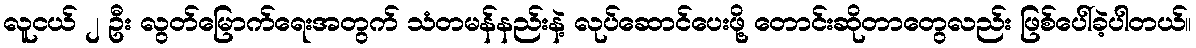
လူငယ် ၂ ဦး လွတ်မြောက်ရေးအတွက် သံတမန်နည်းနဲ့ လုပ်ဆောင်ပေးဖို့ တောင်းဆိုတာတွေလည်း ဖြစ်ပေါ်ခဲ့ပါတယ်။